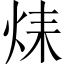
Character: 𤈞